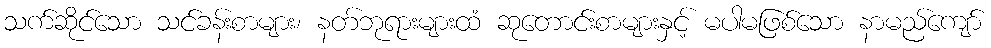
သက်ဆိုင်သော သင်ခန်းစာများ၊ နတ်ဘုရားများထံ ဆုတောင်းစာများနှင့် မပါမဖြစ်သော နာမည်ကျော်